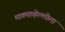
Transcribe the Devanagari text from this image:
माक्याव्हेल्लीला